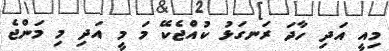
މިއީ އަދި ހާދަ ރަނގަޅު ކުއްޖެކޭ މަ މީ އަދި މި މަންޖެ